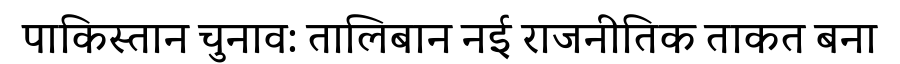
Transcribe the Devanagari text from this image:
पाकिस्तान चुनाव: तालिबान नई राजनीतिक ताकत बना